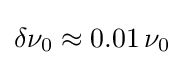
\delta \nu _{0}\approx 0.01\,\nu _{0}